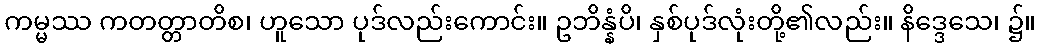
ကမ္မဿ ကတတ္တာတိစ၊ ဟူသော ပုဒ်လည်းကောင်း။ ဥဘိန္နံပိ၊ နှစ်ပုဒ်လုံးတို့၏လည်း။ နိဒ္ဒေသေ၊ ၌။